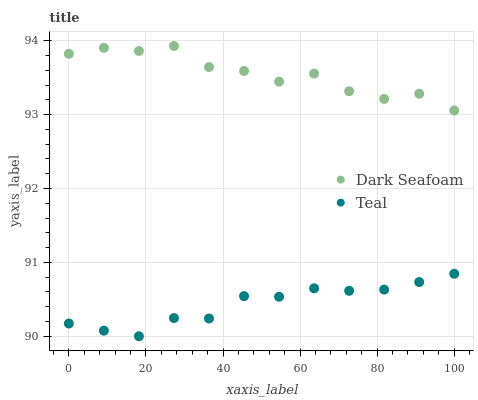
| xaxis_label | Dark Seafoam | Teal |
 | --- | --- | --- |
 | 0 | 93.8 | 90.2 |
 | 9.09 | 93.9 | 90.1 |
 | 18.2 | 93.9 | 90 |
 | 27.3 | 93.9 | 90.2 |
 | 36.4 | 93.6 | 90.2 |
 | 45.5 | 93.6 | 90.5 |
 | 54.5 | 93.4 | 90.5 |
 | 63.6 | 93.6 | 90.6 |
 | 72.7 | 93.3 | 90.6 |
 | 81.8 | 93.2 | 90.6 |
 | 90.9 | 93.3 | 90.7 |
 | 100 | 93.1 | 90.8 |